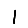
Digit: 1